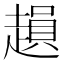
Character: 𧽛